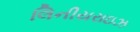
લિનીયરાઇઝ